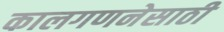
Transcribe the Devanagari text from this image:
कालगणनेसाठी